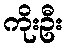
ကိုးဦး